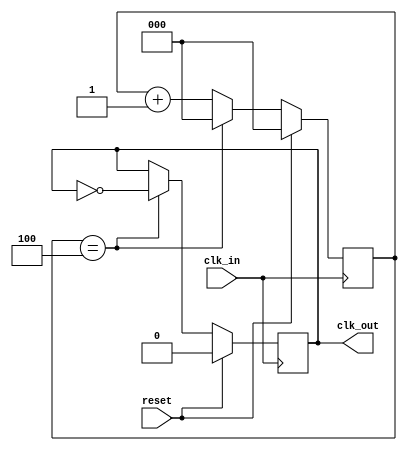
// Copyright 2009  Kirk Weedman KD7IRS 

//  HPSDR - High Performance Software Defined Radio
//
//  Mercury to Atlas bus interface.
//
//
//  This program is free software; you can redistribute it and/or modify
//  it under the terms of the GNU General Public License as published by
//  the Free Software Foundation; either version 2 of the License, or
//  (at your option) any later version.
//
//  This program is distributed in the hope that it will be useful,
//  but WITHOUT ANY WARRANTY; without even the implied warranty of
//  MERCHANTABILITY or FITNESS FOR A PARTICULAR PURPOSE.  See the
//  GNU General Public License for more details.
//
//  You should have received a copy of the GNU General Public License
//  along with this program; if not, write to the Free Software
//  Foundation, Inc., 59 Temple Place, Suite 330, Boston, MA  02111-1307  USA
//
// Change log:
//
// 15 Feb 2009 - first version
//
// This is a parameterized module
//
// clk_in is divided by CLK_DIV to create clk_out.

`timescale 1 ns/100 ps

module clk_div (reset, clk_in, clk_out);
input  wire reset;
input  wire clk_in;
output reg  clk_out;

parameter CLK_DIV   = 10;          // clk_out = clk_in/CLK_DIV
parameter TPD = 1;
localparam SZ = clogb2 ((CLK_DIV/2)-1); // 0 to ((CLK_DIV/2)-1)

reg  [SZ-1:0] cnt;

always @ (posedge clk_in)
begin
  if (reset)
    clk_out  <= #TPD 1'b0;
  else if (cnt == ((CLK_DIV/2)-1))
    clk_out  <= #TPD ~clk_out;

  if (reset)
    cnt <= #TPD 0;
  else if (cnt == ((CLK_DIV/2)-1))
    cnt <= #TPD 1'b0;
  else
    cnt <= #TPD cnt + 1'b1;
end

function integer clogb2;
input [31:0] depth;
begin
  for(clogb2=0; depth>0; clogb2=clogb2+1)
  depth = depth >> 1;
end
endfunction

endmodule